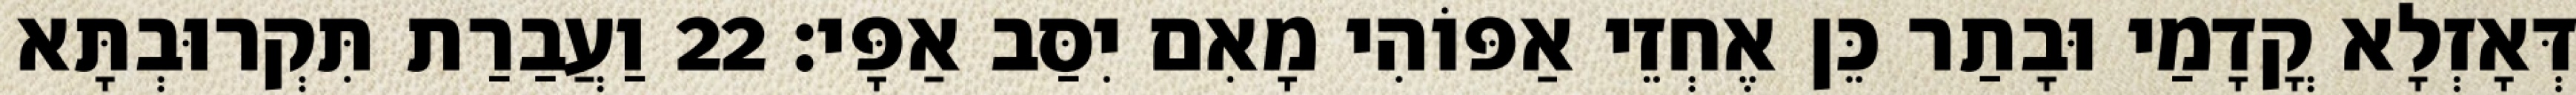
דְּאָזְלָא קֳדָמַי וּבָתַר כֵּן אֶחְזֵי אַפּוֹהִי מָאִם יִסַּב אַפָּי׃ 22 וַעֲבַרַת תִּקְרוּבְתָּא